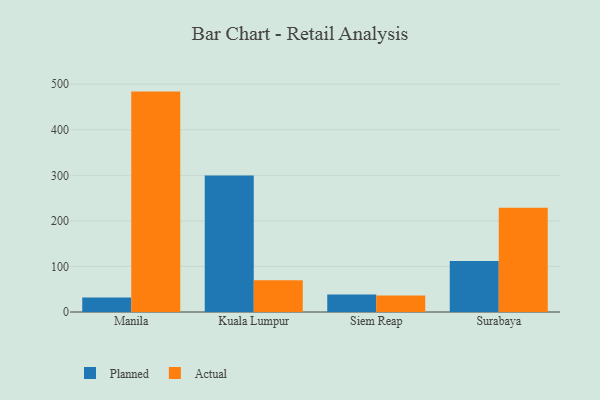
{"axis": {"x": "City", "y": "Temperature (°C)"}, "legend": ["Actual", "Planned"], "data": [{"x": "Manila", "y": 32.0, "type": "Planned"}, {"x": "Manila", "y": 483.8, "type": "Actual"}, {"x": "Kuala Lumpur", "y": 299.4, "type": "Planned"}, {"x": "Kuala Lumpur", "y": 69.8, "type": "Actual"}, {"x": "Siem Reap", "y": 38.4, "type": "Planned"}, {"x": "Siem Reap", "y": 36.3, "type": "Actual"}, {"x": "Surabaya", "y": 111.7, "type": "Planned"}, {"x": "Surabaya", "y": 229.1, "type": "Actual"}]}